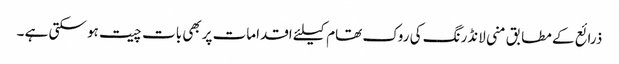
ذرائع کے مطابق منی لانڈرنگ کی روک تھام کیلئے اقدامات پربھی بات چیت ہو سکتی ہے ۔